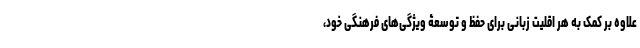
علاوه بر کمک به هر اقلیت زبانی برای حفظ و توسعۀ ویژگی‌های فرهنگی خود،